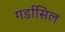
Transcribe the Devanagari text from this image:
गर्डासिल